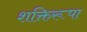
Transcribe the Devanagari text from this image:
शक्तिरूपा